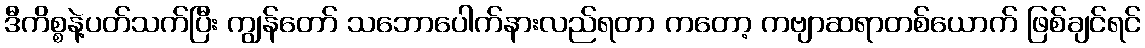
ဒီကိစ္စနဲ့ပတ်သက်ပြီး ကျွန်တော် သဘောပေါက်နားလည်ရတာ ကတော့ ကဗျာဆရာတစ်ယောက် ဖြစ်ချင်ရင်